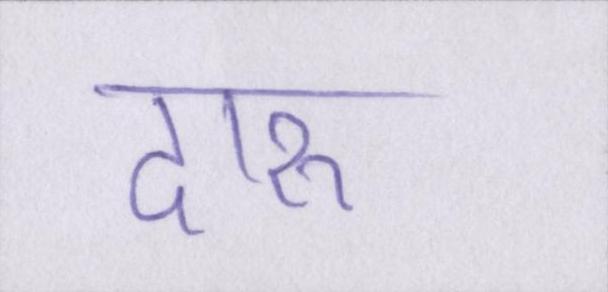
दारू